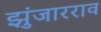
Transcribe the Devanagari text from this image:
झुंजारराव